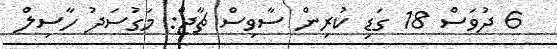
6 ދުވަސް 18 ގަޑި ކުރިން ސާވިސް ޗާޖް: މަގުސަދު ހާސިލް